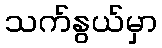
သက်နွယ်မှာ